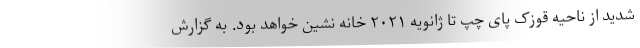
شدید از ناحیه قوزک پای چپ تا ژانویه ۲۰۲۱ خانه نشین خواهد بود. به گزارش